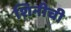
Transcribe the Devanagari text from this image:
शिनीची